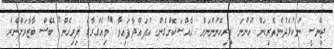
ޖިންސީ ނުކުޅެދުންތެރިކަން ހުންނަ ފިރިހެނުންނަށް ޚާއްސަކޮށްގެން އުފައްދާފައިވާ "ވިއެގްރާގެ ފިރިހެން" ބޭސް ބާޒާރަށްނެރެ